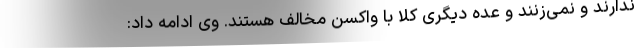
ندارند و نمی‌زنند و عده دیگری کلا با واکسن مخالف هستند. وی ادامه داد: